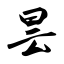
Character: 昙